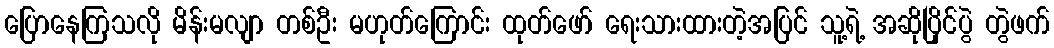
ပြောနေကြသလို မိန်းမလျာ တစ်ဦး မဟုတ်ကြောင်း ထုတ်ဖော် ရေးသားထားတဲ့အပြင် သူ့ရဲ့ အဆိုပြိုင်ပွဲ တွဲဖက်